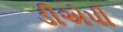
ડીએપી